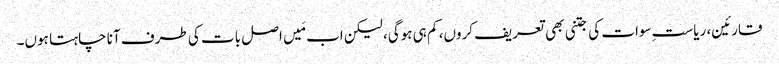
قارئین، ریاستِ سوات کی جتنی بھی تعریف کروں، کم ہی ہوگی، لیکن اب مَیں اصل بات کی طرف آنا چاہتا ہوں۔